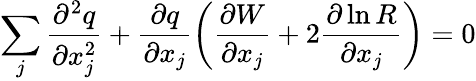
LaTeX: \sum_{j}\frac{\partial^{2}q}{\partial x_{j}^{2}}+\frac{\partial q}{\partial x_{j}}\left(\frac{\partial W}{\partial x_{j}}+2\frac{\partial\ln R}{\partial x_{j}}\right)=0